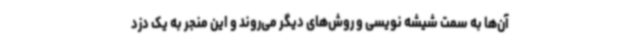
آن‌ها به سمت شیشه نویسی و روش‌های دیگر می‌روند و این منجر به یک دزد